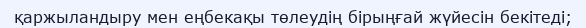
қаржыландыру мен еңбекақы төлеудің бірыңғай жүйесін бекітеді;